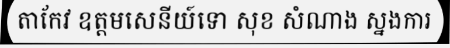
តាកែវ ឧត្តមសេនីយ៍ទោ សុខ សំណាង ស្នងការ